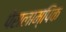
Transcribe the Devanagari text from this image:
पेरालाम्पिक